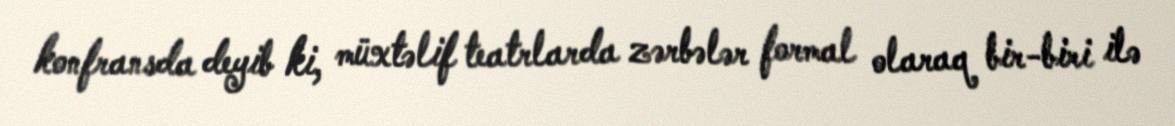
konfransda deyib ki, müxtəlif teatrlarda zərbələr formal olaraq bir-biri ilə